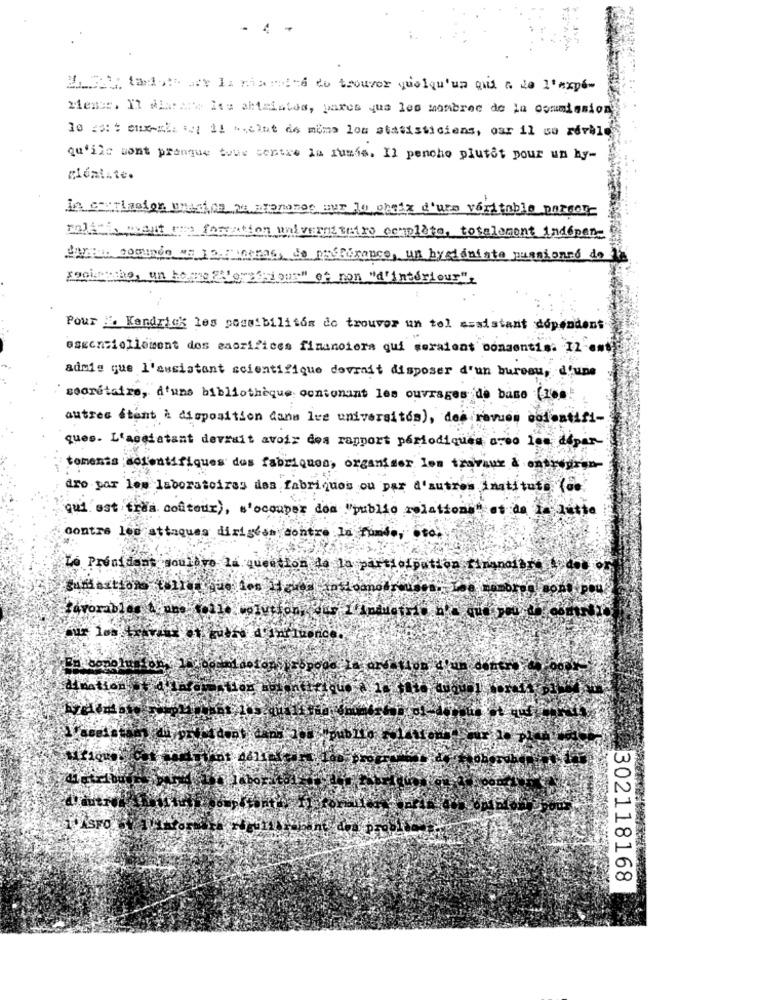
ty taroto att la marina do trouver quelqu'un qui a de l'expé-
Messe, Il MiaAre ita attristes, pares que les nombres de la commission
Io zatenxsl w/ 11 meint de moms los stasisticiens, osr il so rdvble
qu'ils sont pranque tous contre la rumis. Il pencho plutôt pour un hy-
méni.te.
Is carlasion unation be arenosos sur lo choix d'une veritable pazcon
Talisa ment pre formation universitetes completo, totalement indepen-
masterance, un bysidniste puanionno do
rocketals, un ho
et ron "d'interiour"t
Pour # Kendrick les possibilitos do trouver un tol assistant dépendent
essentiellement des sacrifices financiera qui seraient bonsentis. 12-emt
admis que l'assistant scientifique devrait disposer d'un bureau, d'une
secrétaire, d'uns bibliothèque contenant les ouvrages de base (200!
autres étant à disposition dans les universités), des revues codentifi-
ques. L'assistant devrait avoir des rapport périodiques areo los depar-
tements solentifiques dos fabriques, organiser les travaux & entrepren
dro par les laboratoires des fabriques ou par d'autres institute (de
qui est trea conteur), s'occuper dos "publio relationen at de la lutte
contre les attaques diriscam contre la fundo, Oto,
Le Président couldve la question de la participation financiar todos
302118168